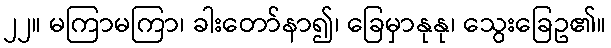
၂၂။ မကြာမကြာ၊ ခါးတော်နာ၍၊ ခြေမှာနုနု၊ သွေးခြေဥ၏။